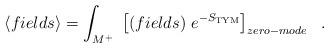
LaTeX: \begin{align*}\left< fields \right> = \int_{M^{+}} \ \left[ (fields)\ e^{-S_{\rm TYM}} \right]_{zero-mode}\ \ .\end{align*}